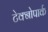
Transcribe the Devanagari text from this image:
टेक्नोपार्क